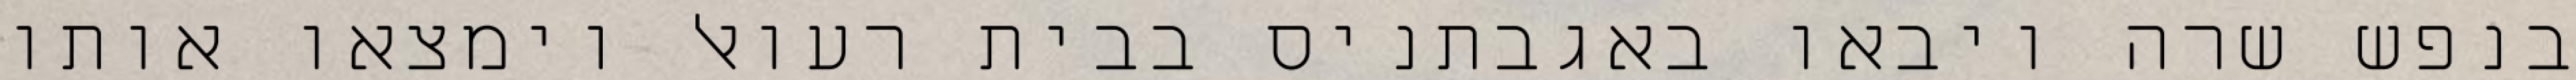
בנפש שרה ויבאו באגבתניס בבית רעואל וימצאו אותו